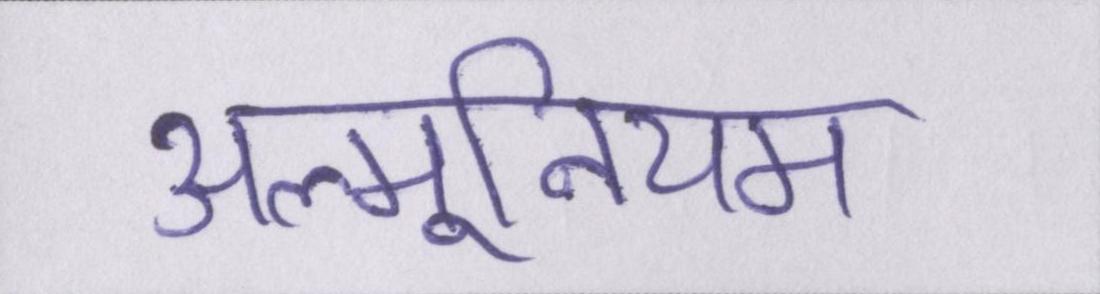
अल्मूनियम